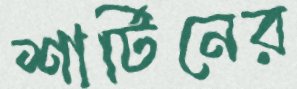
শার্টিনের